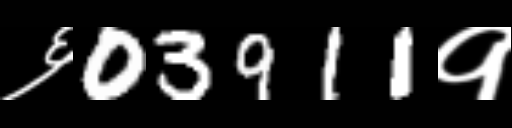
Text: ६03911१